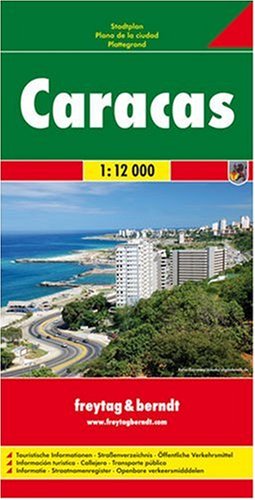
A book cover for Caracas: FBC.5206; Collectif; Travel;